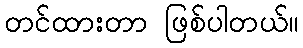
တင်ထားတာ ဖြစ်ပါတယ်။